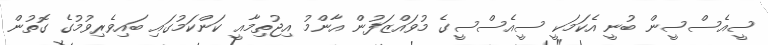
ސީއެސްސީން ބުނީ އެކަމަކީ ސީއެސްސީގެ މުވައްޒަފުން އާންމު އިޖުތިމާއީ ކަންކަމުގައި ބައިވެރިވުމުގެ ގޮތުން